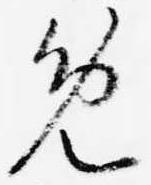
免